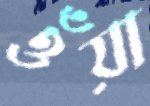
ওঁয়া